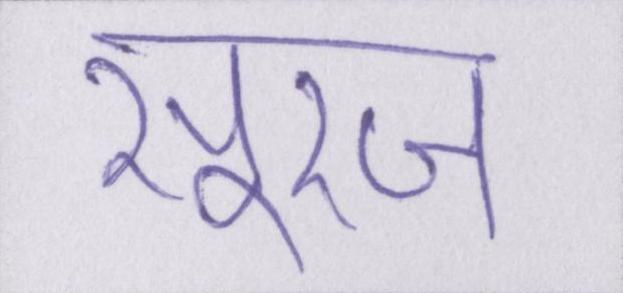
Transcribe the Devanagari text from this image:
सूरज